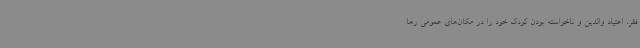
فقر، اعتیاد والدین و ناخواسته بودن کودک خود را در مکان‌های عمومی رها